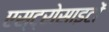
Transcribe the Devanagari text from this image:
एस्ट्रोसाइटों